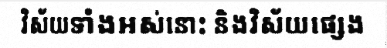
វិស័យទាំងអស់នោះ និងវិស័យផ្សេង